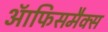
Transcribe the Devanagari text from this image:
ऑफिसमैक्स